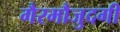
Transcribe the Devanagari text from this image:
गैरमौजुदगी